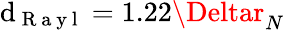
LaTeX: \mathrm{d}_{\mathrm{{~R~a~y~l~}}}=1.22\Deltar_{N}